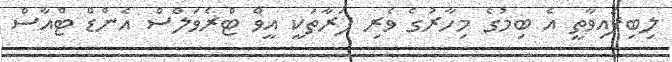
ލިބިފައިވާތީ އެ ބިމުގެ މިހާރުގެ ވެރި ފަރާތަކީ އީވް ޓްރެވަލްސް އެންޑް ޓްއާސް